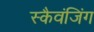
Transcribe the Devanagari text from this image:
स्कैवंजिंग